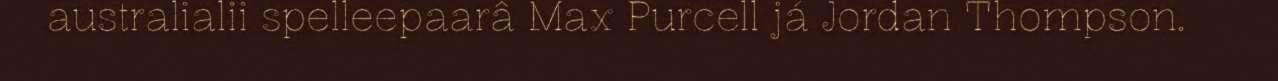
australialii spelleepaarâ Max Purcell já Jordan Thompson.